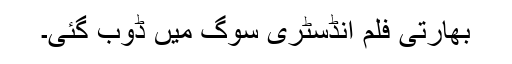
بھارتی فلم انڈسٹری سوگ میں ڈوب گئی۔